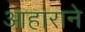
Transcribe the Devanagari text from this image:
आहाराने